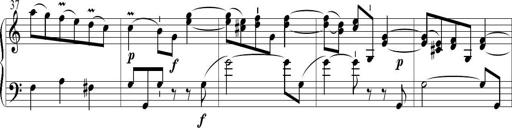
Title: 6 Leichte Sonatinen, Teil 1
Composer: F. Sigismund Sander